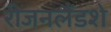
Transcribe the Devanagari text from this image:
रीजनलैंडशे